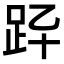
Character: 𧿎